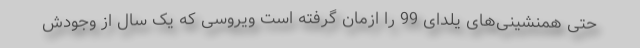
حتی همنشینی‌های یلدای 99 را ازمان گرفته است ویروسی که یک سال از وجودش